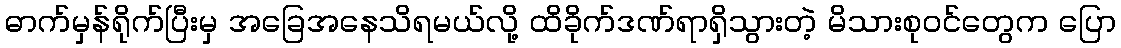
ဓာက်မှန်ရိုက်ပြီးမှ အခြေအနေသိရမယ်လို့ ထိခိုက်ဒဏ်ရာရှိသွားတဲ့ မိသားစုဝင်တွေက ပြော